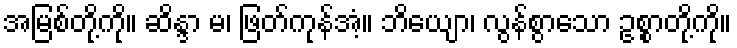
အမြစ်တို့ကို။ ဆိန္ဒာ မ၊ ဖြတ်ကုန်အံ့။ ဘိယျော၊ လွန်စွာသော ဥစ္စာတို့ကို။